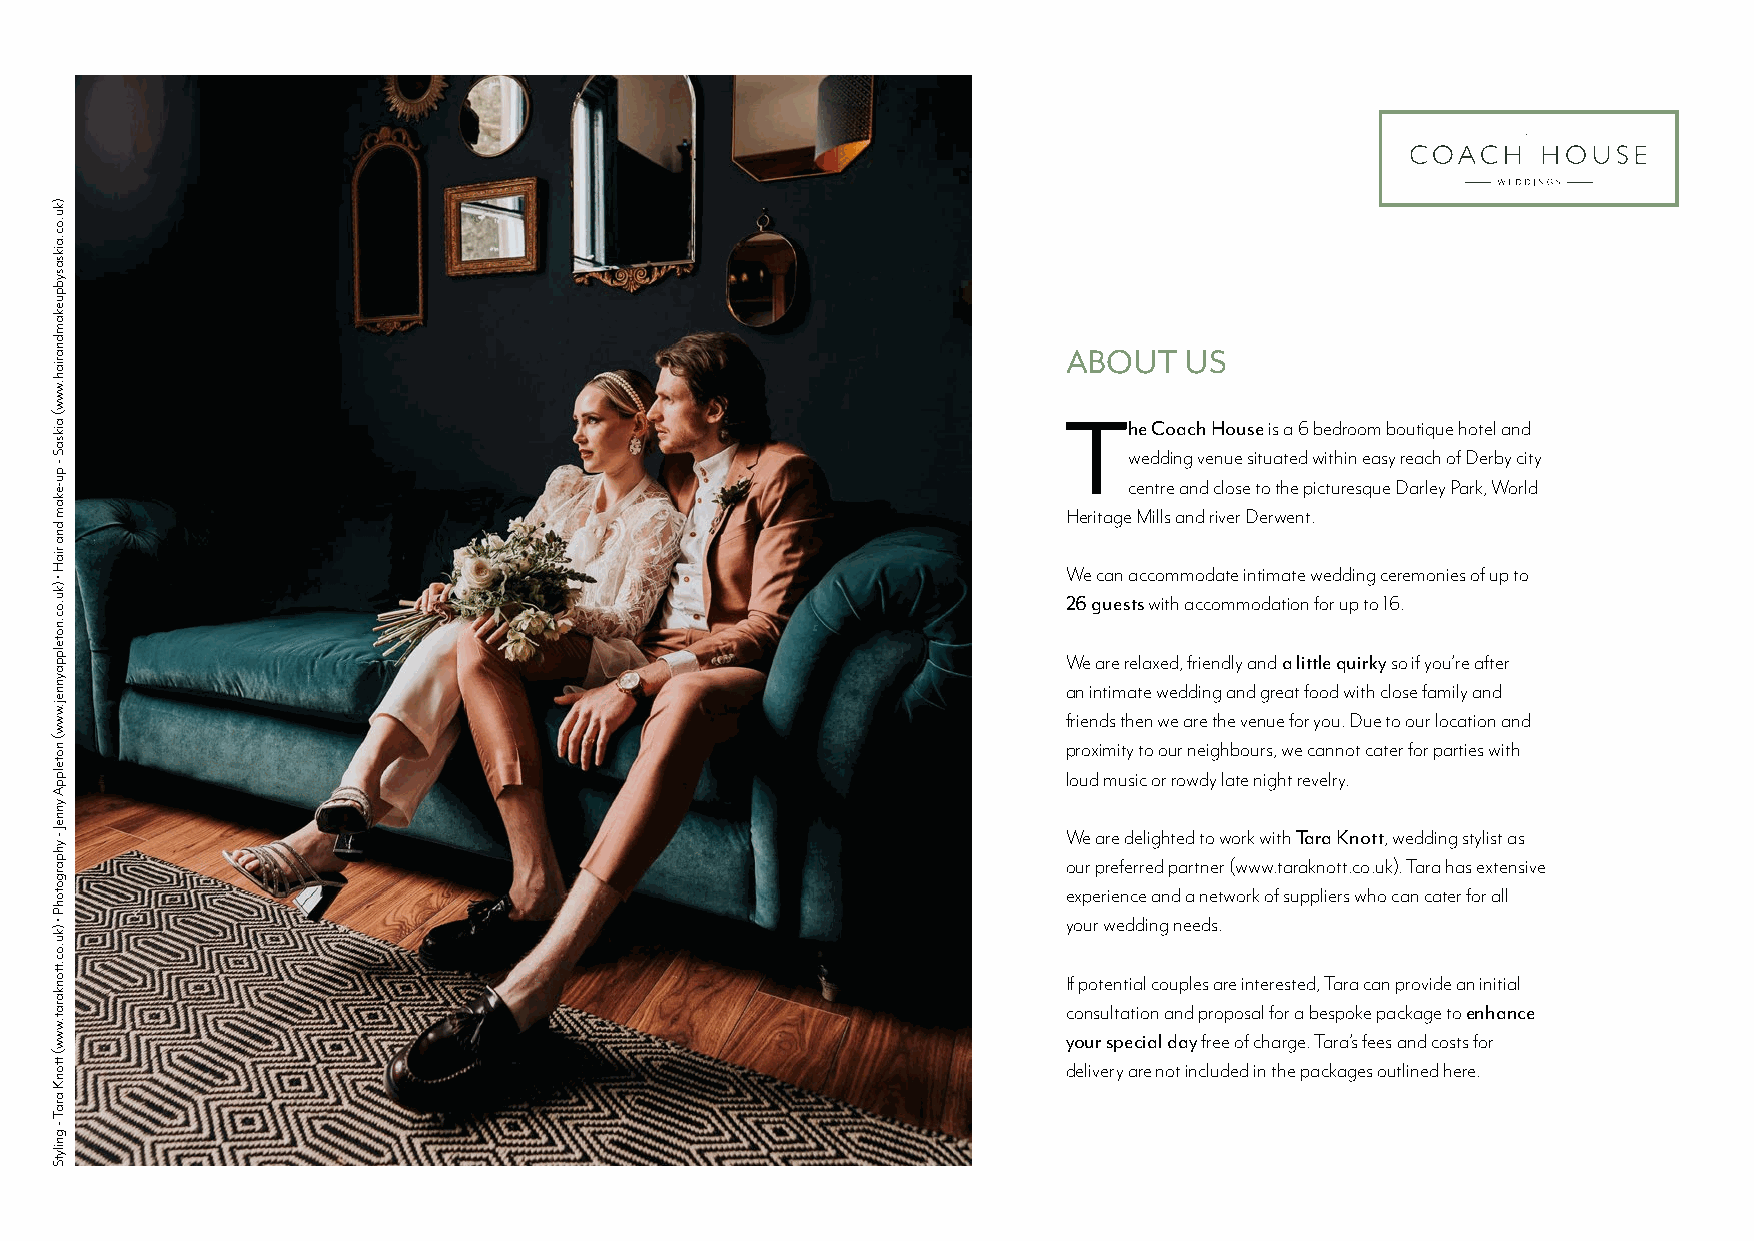
ABOUT  US
 T
 he Coach House is a 6 bedroom boutique hotel and
 wedding venue situated within easy reach of Derby city
 centre and close to the picturesque Darley Park, World
 Heritage Mills and river Derwent.
 We can accommodate intimate wedding ceremonies of up to
 26 guests with accommodation for up to 16.
 We are relaxed, friendly and a little quirky so if you’re after
 an intimate wedding and great food with close family and
 friends then we are the venue for you. Due to our location and
 proximity to our neighbours, we cannot cater for parties with
 loud music or rowdy late night revelry.
 We are delighted to work with Tara Knott, wedding stylist as
 our preferred partner (www.taraknott.co.uk). Tara has extensive
 experience and a network of suppliers who can cater for all
 your wedding needs.
 If potential couples are interested, Tara can provide an initial
 consultation and proposal for a bespoke package to enhance
 your special day free of charge. Tara’s fees and costs for
 delivery are not included in the packages outlined here.
 )ku.oc.aiksasybpuekamdnariah.www(
 aiksaS
 -
 pu-ekam
 dna
 riaH
 •
 )ku.oc.notelppaynnej.www(
 notelppA
 ynneJ
 -
 yhpargotohP
 •
 )ku.oc.ttonkarat.www(
 ttonK
 araT
 -
 gnilytS